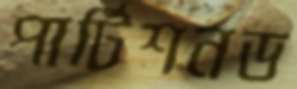
পার্টিশনড